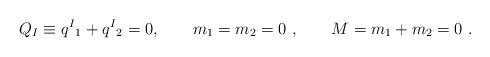
\begin{align*}Q_I \equiv q ^I{}_1 + q ^I{}_2 = 0 , \qquad m_1=m_2 = 0 \ , \qquad M= m_1+ m_2 =0 \ .\end{align*}